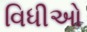
વિધીઓ